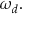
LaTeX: \omega _ { d } .